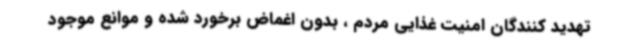
تهدید کنندگان امنیت غذایی مردم ، بدون اغماض برخورد شده و موانع موجود